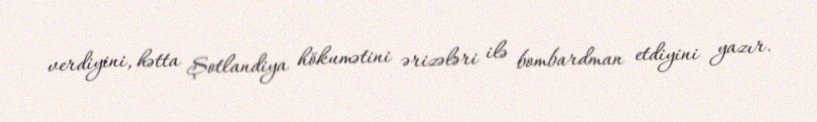
verdiyini, hətta Şotlandiya hökumətini ərizələri ilə bombardman etdiyini yazır.